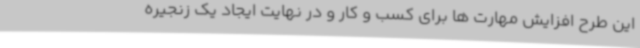
این طرح افزایش مهارت ها برای کسب و کار و در نهایت ایجاد یک زنجیره